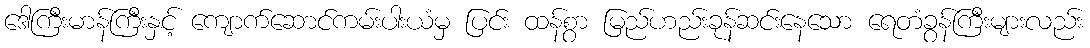
ဒေါကြီးမာန်ကြီးနှင့် ကျောက်ဆောင်ကမ်းပါးယံမှ ပြင်း ထန်စွာ မြည်ဟည်းခုန်ဆင်းနေသော ရေတံခွန်ကြီးများလည်း